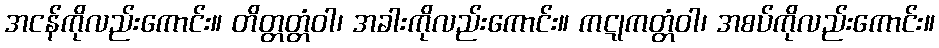
အငန်ကိုလည်းကောင်း။ တိတ္တတ္တံဝါ၊ အခါးကိုလည်းကောင်း။ ကဋုကတ္တံဝါ၊ အစပ်ကိုလည်းကောင်း။